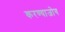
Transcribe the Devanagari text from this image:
करण्याजोग